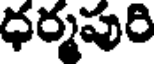
ధర్మపురి